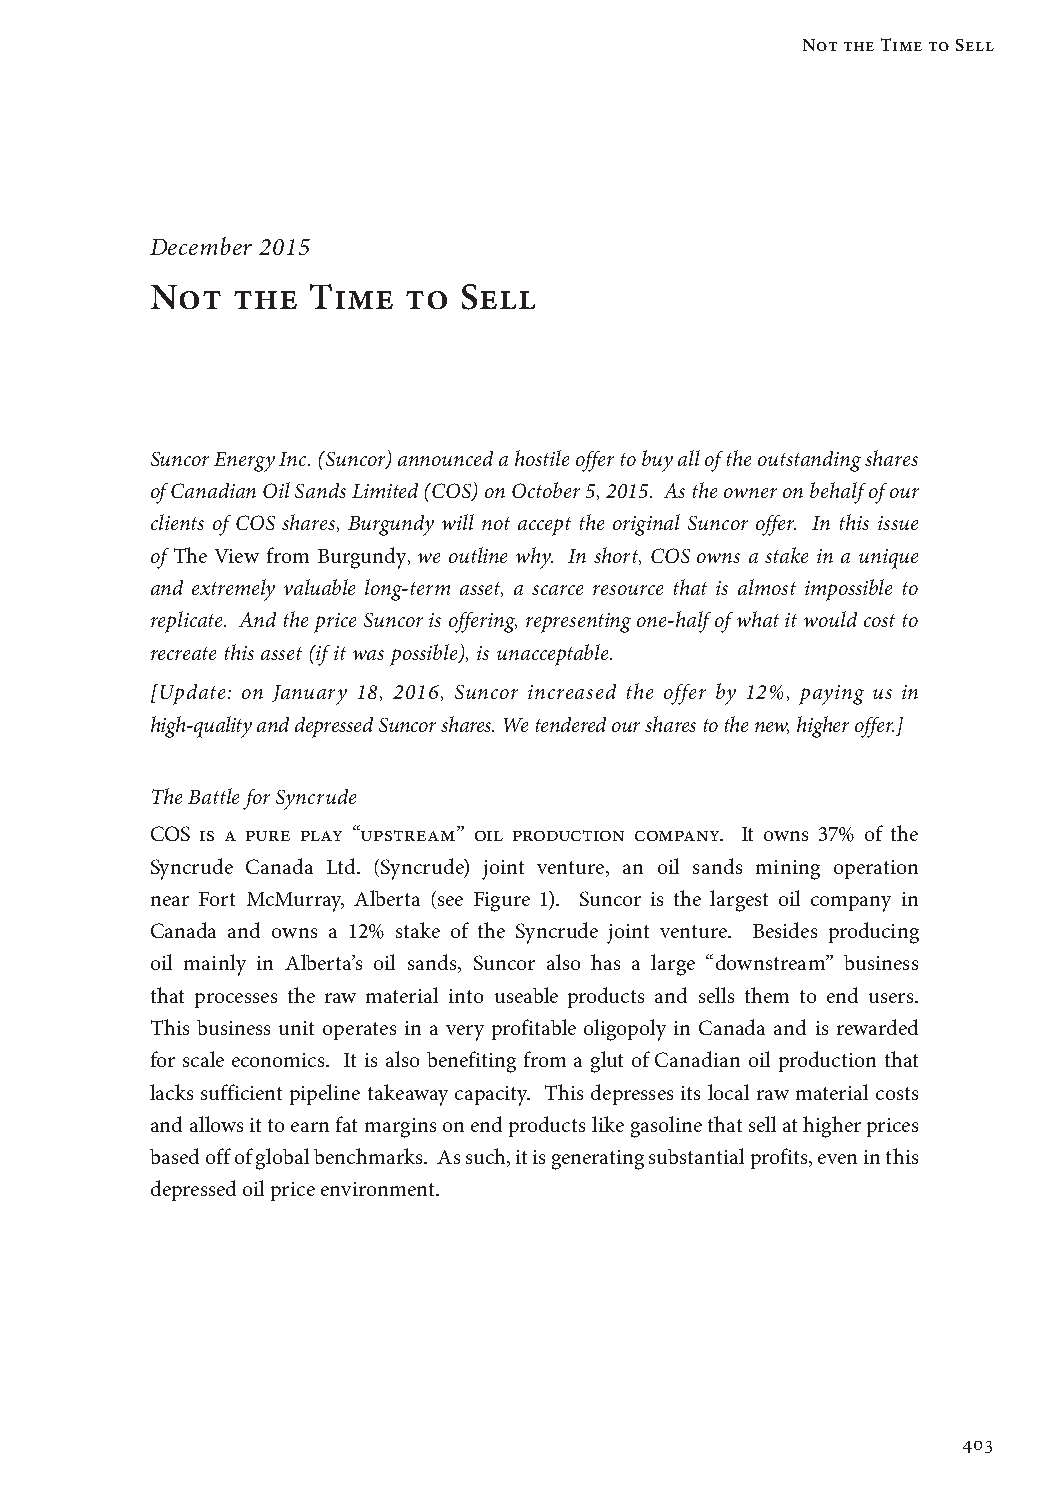
Not the Time to Sell
 December 2015
 Not  the  Time   to Sell
 Suncor Energy Inc. (Suncor) announced a hostile offer to buy all of the outstanding shares
 of Canadian Oil Sands Limited (COS) on October 5, 2015. As the owner on behalf of our
 clients of COS shares, Burgundy will not accept the original Suncor offer. In this issue
 of The View from Burgundy, we outline why. In short, COS owns a stake in a unique
 and extremely valuable long-term asset, a scarce resource that is almost impossible to
 replicate. And the price Suncor is offering, representing one-half of what it would cost to
 recreate this asset (if it was possible), is unacceptable.
 [Update: on January 18, 2016, Suncor increased the offer by 12%, paying us in
 high-quality and depressed Suncor shares. We tendered our shares to the new, higher offer.]
 The Battle for Syncrude
 COS is a pure play “upstream” oil production company. It owns 37% of the
 Syncrude Canada Ltd. (Syncrude) joint venture, an oil sands mining operation
 near Fort McMurray, Alberta (see Figure 1). Suncor is the largest oil company in
 Canada and owns a 12% stake of the Syncrude joint venture. Besides producing
 oil mainly in Alberta’s oil sands, Suncor also has a large “downstream” business
 that processes the raw material into useable products and sells them to end users.
 This business unit operates in a very profitable oligopoly in Canada and is rewarded
 for scale economics. It is also benefiting from a glut of Canadian oil production that
 lacks sufficient pipeline takeaway capacity. This depresses its local raw material costs
 and allows it to earn fat margins on end products like gasoline that sell at higher prices
 based off of global benchmarks. As such, it is generating substantial profits, even in this
 depressed oil price environment.
 403